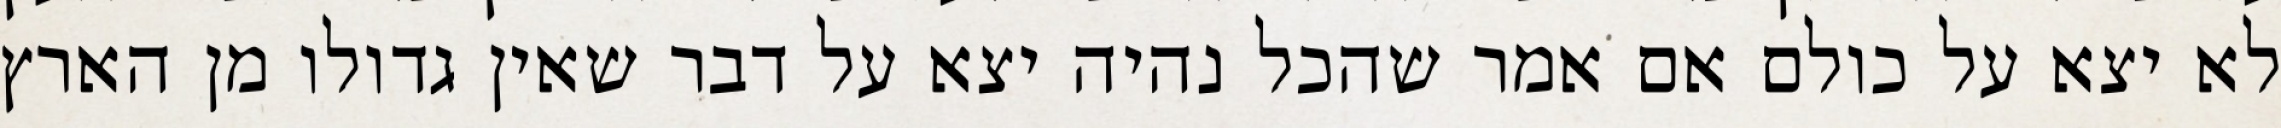
לא יצא על כולם אם אמר שהכל נהיה יצא על דבר שאין גדולו מן הארץ